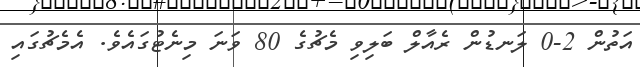
އަތުން 2-0 ލަނޑުން ރެއާލް ބަލިވި މެޗުގެ 80 ވަނަ މިނެޓުގައެވެ. އެމެޗުގައި